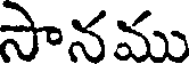
సానము